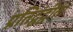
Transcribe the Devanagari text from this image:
प्रतिद्वंद्वीता